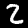
Digit: 2